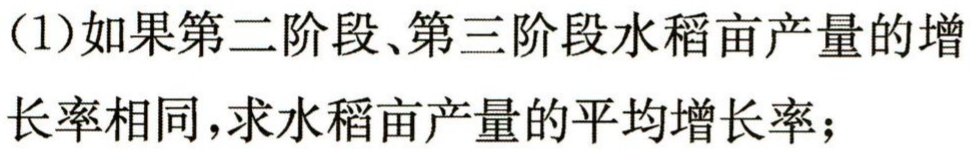
（1）如果第二阶段、第三阶段水稻亩产量的增长率相同，求水稻亩产量的平均增长率；